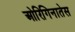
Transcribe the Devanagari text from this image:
ओरिगिनातेस